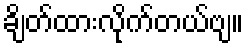
ချိတ်ထားလိုက်တယ်ဗျ။